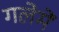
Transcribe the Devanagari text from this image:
गलेमें